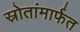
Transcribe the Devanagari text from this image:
स्रोतांमार्फत